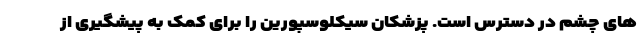
های چشم در دسترس است. پزشکان سیکلوسپورین را برای کمک به پیشگیری از